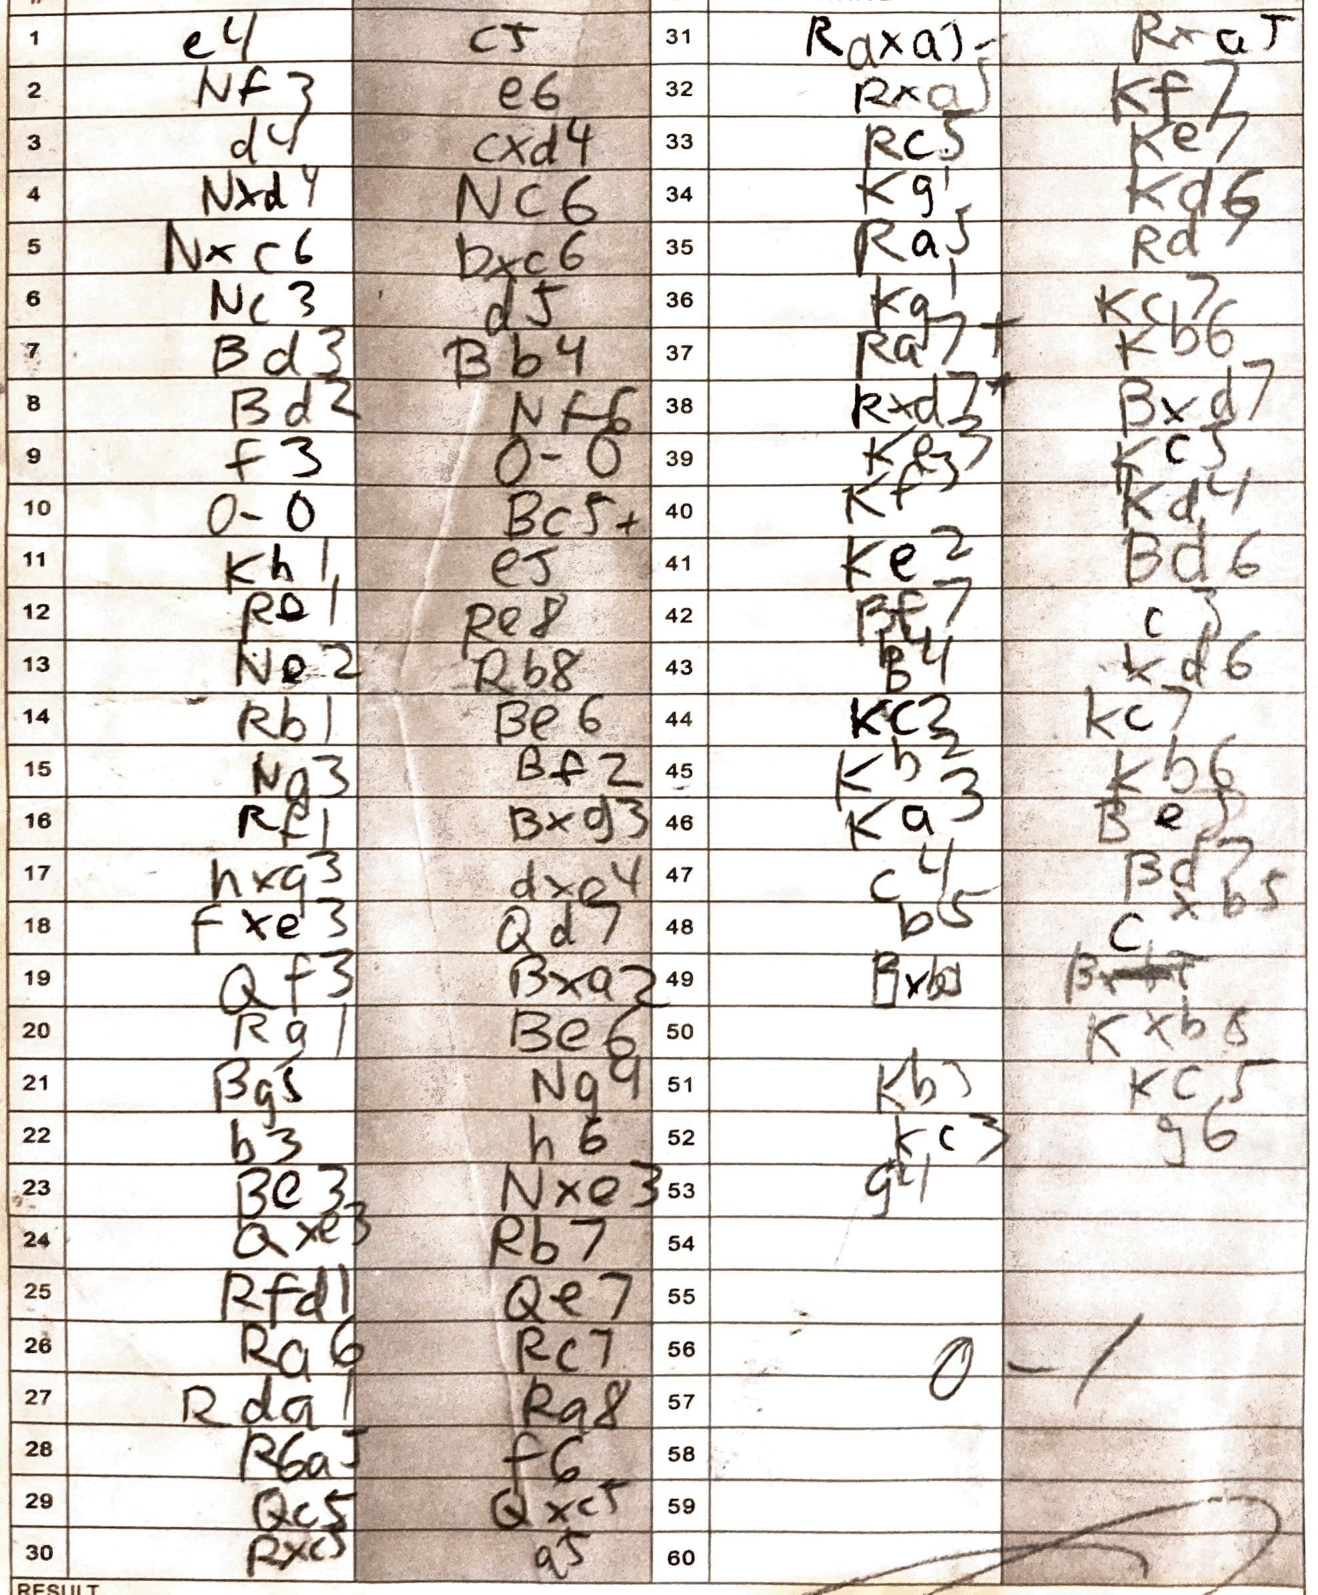
Moves: e4 c5 Nf3 e6 d4 cxd4 Nxd4 Nc6 Nxc6 bxc6 Nc3 d5 Bd3 Bb4 Bd2 Nf6 f3 O-O O-O Bc5+ Kh1 e5 Re1 Re8 Ne2 Rb8 Rb1 Be6 Ng3 Bf2 Rf1 Bxg3 hxg3 dxe4 fxe3 Qd7 Qf3 Bxa2 Rg1 Be6 Bg5 Ng4 b3 h6 Be3 Nxe3 Qxe3 Rb7 Rfd1 Qe7 Ra6 Rc7 Rda1 Ra8 R6a5 f6 Qc5 Qxc5 Rxc5 a5 Raxa5 Rxa5 Rxa5 Kf7 Rc5 Ke7 Kg1 Kd6 Ra5 Rd7 Kg1 Kc7 Ra7+ Kb6 Rxd7+ Bxd7 Ke3 Kc5 Kf3 Kd4 Ke2 Bd6 Bf7 c3 B4 d6 Kc3 Kc7 Kb2 Kb6 Ka3 Be5 c4 Bd7 b5 cxb5 Kxb8 Kb5 Kc5 Kc3 g6 g1